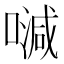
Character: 𠽦